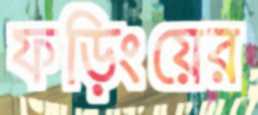
ফড়িংয়ের